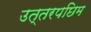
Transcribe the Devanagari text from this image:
उत्तरपछिम